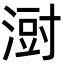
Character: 㴻